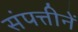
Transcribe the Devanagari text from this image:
संपत्तीनें